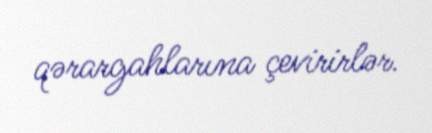
qərargahlarına çevirirlər.